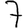
Digit: 7